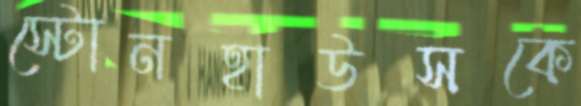
স্টোনহাউসকে